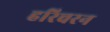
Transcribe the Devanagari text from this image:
हरिचरन